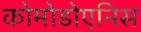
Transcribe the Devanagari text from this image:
कोमोडोएनिस